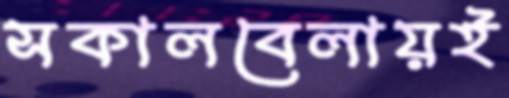
সকালবেলায়ই